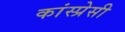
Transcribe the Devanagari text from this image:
कांस्प्रेसी